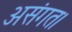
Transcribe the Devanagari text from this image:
असंगत।